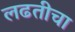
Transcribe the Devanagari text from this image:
लढतीचा